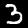
Label: 3